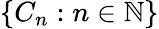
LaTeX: \{ C_{n}:n\in\mathbb{N}\}